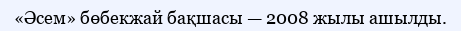
«Әсем» бөбекжай бақшасы — 2008 жылы ашылды.